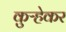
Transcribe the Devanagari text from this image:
कुऱ्हेकर